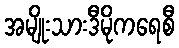
အမျိုးသားဒီမိုကရေစီ